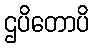
ဌပိတောပိ